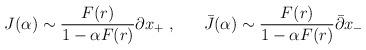
LaTeX: \begin{align*}J(\alpha ) \sim \frac{F(r)}{1-\alpha F(r)}\partial x_+ \; , \;\;\;\;\;\;\bar{J}(\alpha ) \sim \frac{F(r)}{1-\alpha F(r)} \bar{\partial} x_-\end{align*}